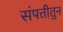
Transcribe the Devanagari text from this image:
संपत्तीतुन